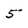
Character: 5